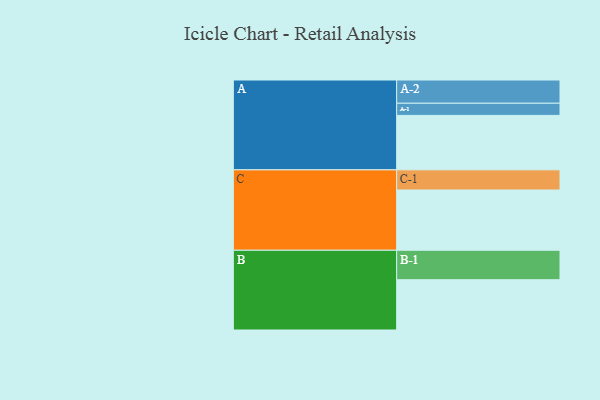
{"axis": {"x": "Segment", "y": "Value"}, "legend": ["", "A", "B", "C"], "data": [{"x": "A", "y": 457, "type": ""}, {"x": "B", "y": 422, "type": ""}, {"x": "C", "y": 506, "type": ""}, {"x": "A-1", "y": 102, "type": "A"}, {"x": "A-2", "y": 195, "type": "A"}, {"x": "B-1", "y": 247, "type": "B"}, {"x": "C-1", "y": 169, "type": "C"}]}